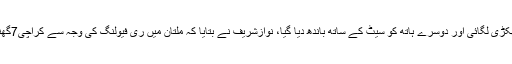
ایک ہاتھ میں ہتھکڑی لگائی اور دوسرے ہاتھ کو سیٹ کے ساتھ باندھ دیا گیا، نوازشریف نے بتایا کہ ملتان میں ری فیولنگ کی وجہ سے کراچی7گھنٹے میں پہنچے۔